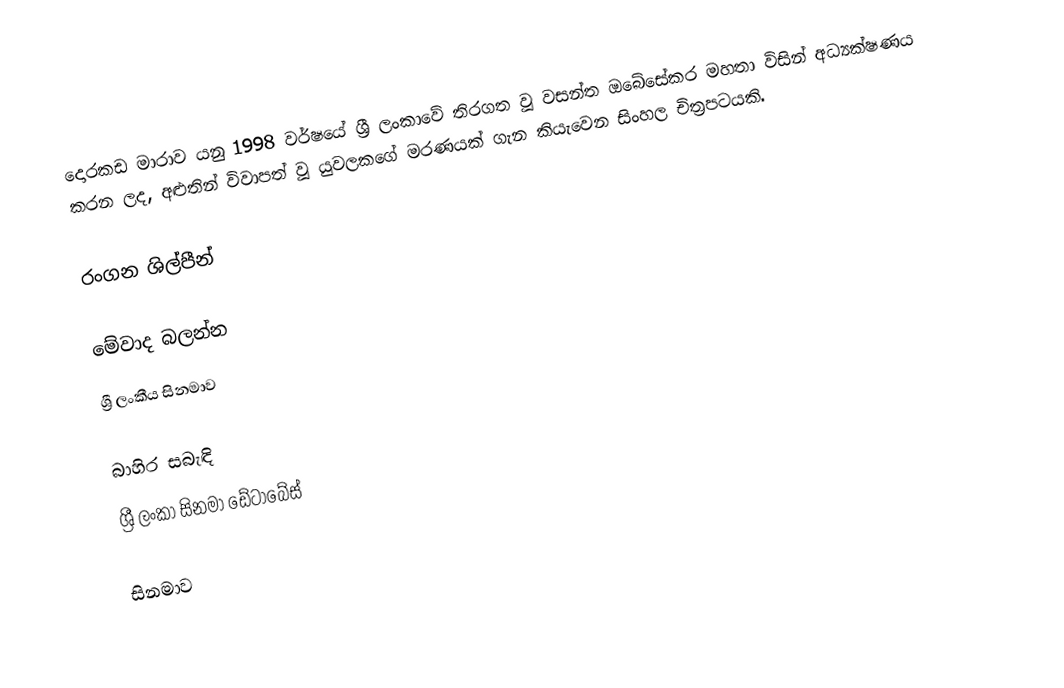
දොරකඩ මාරාව යනු 1998 වර්ෂයේ ශ්‍රී ලංකාවේ තිරගත වූ වසන්ත ඔබේසේකර මහතා විසින් අධ්‍යක්ෂණය කරන ලද, අළුතින් විවාපත් වූ යුවලකගේ මරණයක් ගැන කියැවෙන සිංහල චිත්‍රපටයකි.

රංගන ශිල්පීන්

මේවාද බලන්න
ශ්‍රී ලංකීය සිනමාව

බාහිර සබැඳි
ශ්‍රී ලංකා සිනමා ඩේටාබේස්

සිනමාව